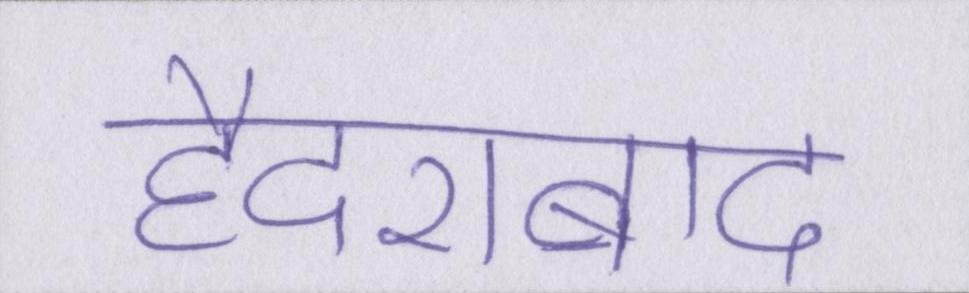
हैदराबाद